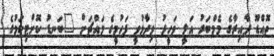
ތޮއްޑޫ ދާއިރާގެ މެމްބަރު އަލީ ވަހީދު ވިދާޅުވީ ފަހުމީގެ މައްޗަށް "ބަނޑު ކޮށްޓިކަމުގެ